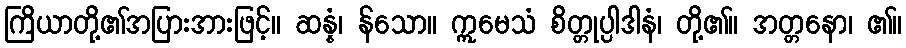
ကြိယာတို့၏အပြားအားဖြင့်။ ဆန္နံ၊ န်သော။ ဣမေသံ စိတ္တုပ္ပါဒါနံ၊ တို့၏။ အတ္တနော၊ ၏။